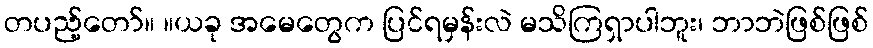
တပည့်တော်။ ။ယခု အမေတွေက ပြင်ရမှန်းလဲ မသိကြရှာပါဘူး၊ ဘာဘဲဖြစ်ဖြစ်